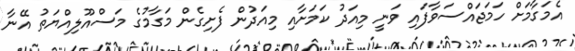
އެމަގާމަށް ހަމަޖައްސަވާފައި ވަނީ މިއަދު ކަމަށާއި މިއަދުން ފެށިގެން މަގާމުގެ މަސްއޫލިއްޔަތު އޭނާ